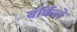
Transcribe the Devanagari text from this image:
बर्किले